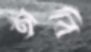
অবি